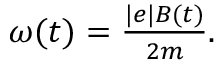
\begin{array} { r } { \omega ( t ) = \frac { | e | B ( t ) } { 2 m } . } \end{array}